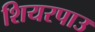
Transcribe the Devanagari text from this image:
शियरपाउ